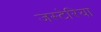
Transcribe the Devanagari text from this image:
जस्टेरिया